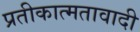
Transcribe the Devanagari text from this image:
प्रतीकात्मतावादी